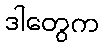
ဒါတွေက